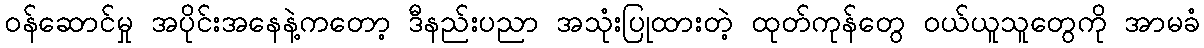
ဝန်ဆောင်မှု အပိုင်းအနေနဲ့ကတော့ ဒီနည်းပညာ အသုံးပြုထားတဲ့ ထုတ်ကုန်တွေ ဝယ်ယူသူတွေကို အာမခံ